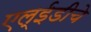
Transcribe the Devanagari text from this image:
एल्‌ईडीचे